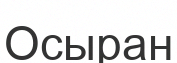
Осыран